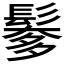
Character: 𩮅